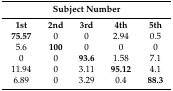
| <COLSPAN=5> Subject Number |
 | --- | --- | --- | --- | --- |
 | 1st | 2nd | 3rd | 4th | 5th |
 | 75.57 | 0 | 0 | 2.94 | 0.5 |
 | 5.6 | 100 | 0 | 0 | 0 |
 | 0 | 0 | 93.6 | 1.58 | 7.1 |
 | 11.94 | 0 | 3.11 | 95.12 | 4.1 |
 | 6.89 | 0 | 3.29 | 0.4 | 88.3 |